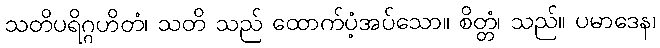
သတိပရိဂ္ဂဟိတံ၊ သတိ သည် ထောက်ပံ့အပ်သော။ စိတ္တံ၊ သည်။ ပမာဒေန၊